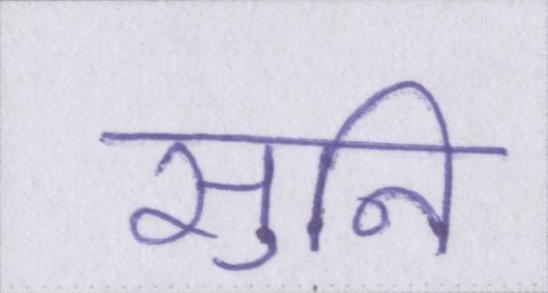
सुनि